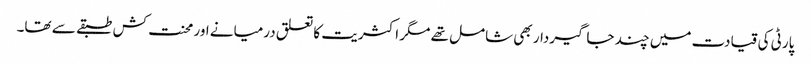
پارٹی کی قیادت میں چند جاگیردار بھی شامل تھے مگر اکثریت کا تعلق درمیانے اور محنت کش طبقے سے تھا۔